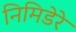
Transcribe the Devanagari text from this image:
निमिडेरे